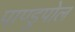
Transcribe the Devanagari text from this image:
पाण्डुपोल